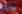
عذريتي